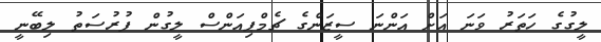
ލީގުގެ ހަތަރު ވަނަ އަށް އަންނަ ސީޒަންގެ ޗެމްޕިއަންސް ލީގުން ފުރުސަތު ލިބޭނީ